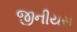
જીનીયસ